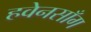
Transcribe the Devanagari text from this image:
हवेनसाँग